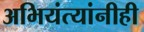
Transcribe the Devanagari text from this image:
अभियंत्यांनीही